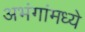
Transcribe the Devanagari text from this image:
अभंगांमध्ये